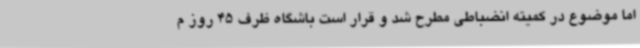
اما موضوع در کمیته انضباطی مطرح شد و قرار است باشگاه ظرف 45 روز م